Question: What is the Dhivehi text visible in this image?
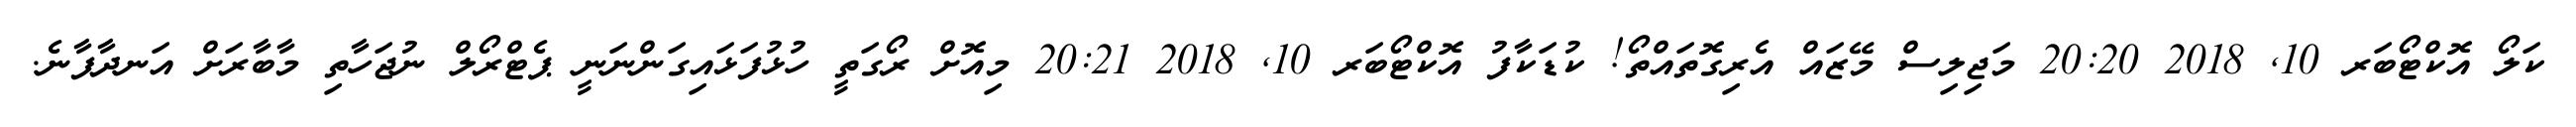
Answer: ކަލޯ އޮކްޓޯބަރ 10, 2018 20:20 މަޖިލިސް މޭޒައް އެރިގޮތައްތޯ! ކުޑަކާފު އޮކްޓޯބަރ 10, 2018 20:21 މިއޮށް ރޯގަތީ ހުޅުފަޅައިގަންނަނީ ޕެޓްރޯލް ނުޖަހާތި މާބާރަށް އަނދާފާނެ.